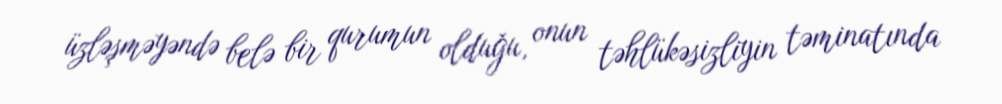
üzləşməyəndə belə bir qurumun olduğu, onun təhlükəsizliyin təminatında